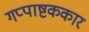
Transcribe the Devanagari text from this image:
गप्पाष्टककार